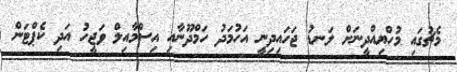
މެޗުގައި މުހްޔިއްދީނަށް ލަނޑު ޖަހައިދިނީ އަހުމަދު ހަމްދޫނާއި އިސްމާއިލް ވަޖީހު އަދި ކެޕްޓަން